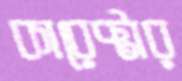
কারেক্টার